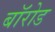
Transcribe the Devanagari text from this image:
बॉरोड